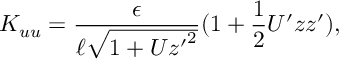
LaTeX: K _ { u u } = \frac { \epsilon } { \ell \sqrt { 1 + U { z ^ { \prime } } ^ { 2 } } } ( 1 + \frac { 1 } { 2 } U ^ { \prime } z z ^ { \prime } ) ,